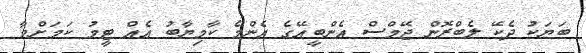
ބަޔަކު ދެކޭ ލެބްރޮން ޖޭމްސް އެންބީއޭގެ އެންމެ ކާމިޔާބު އެއް ޓީމު ކަމަށްވާ